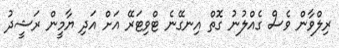
ރިލްވާން ވެސް ގެެއްލުނު ގޮތް އިނގޭނެ ޓްވިޓަރޭ އަށް އަދި ޔާމީން ރަޝީދު